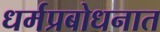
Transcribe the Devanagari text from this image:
धर्मप्रबोधनात